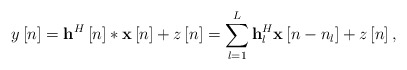
\begin{align*} y\left[ n \right] = {{\bf{h}}^H}\left[ n \right]*{\bf{x}}\left[ n \right] + z\left[ n \right] = \sum\limits_{l = 1}^L {{\bf{h}}_l^H{\bf{x}}\left[ {n - {n_l}} \right]} + z\left[ n \right], \end{align*}